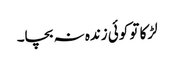
لڑکا تو کوئی زندہ نہ بچا۔